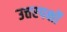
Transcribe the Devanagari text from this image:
उत्तरपक्षों